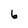
Character: 6